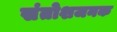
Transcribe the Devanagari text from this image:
संतोशजनक